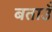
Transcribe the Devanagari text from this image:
बताउँ